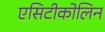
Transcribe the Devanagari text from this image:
एसिटीकोलिन